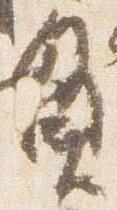
貫